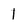
Character: 1